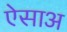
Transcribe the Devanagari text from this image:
ऐसाअ